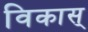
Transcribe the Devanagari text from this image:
विकास्